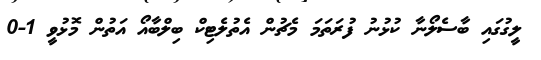
ލީގުގައި ބާސެލޯނާ ކުޅުނު ފުރަަތަމަ މެޗުން އެތުލެޓިކް ބިލްބާއޯ އަތުން މޮޅުވީ 1-0